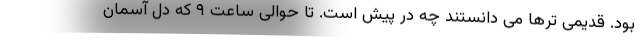
بود. قدیمی ترها می دانستند چه در پیش است. تا حوالی ساعت ۹ که دل آسمان